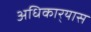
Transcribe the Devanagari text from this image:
अधिकार्‍यास